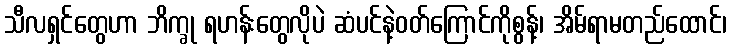
သီလရှင်တွေဟာ ဘိက္ခု ရဟန်းတွေလိုပဲ ဆံပင်နဲ့ဝတ်ကြောင်ကိုစွန့်၊ အိမ်ရာမတည်ထောင်၊